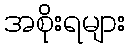
အစိုးရများ